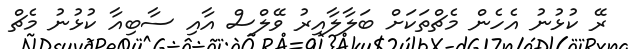
ރޭ ކުޅުނު އެހެން މެޗްތަކަށް ބަލާލާއިރު ވޭލްސް އާއި ސާބިއާ ކުޅުނު މެޗް